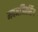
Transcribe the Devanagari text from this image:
मदनजितसिंग